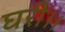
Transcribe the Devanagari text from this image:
घरी।।